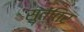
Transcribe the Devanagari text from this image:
सुतंतिर